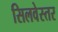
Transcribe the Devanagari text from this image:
सिलवेस्तर